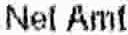
NET AMT